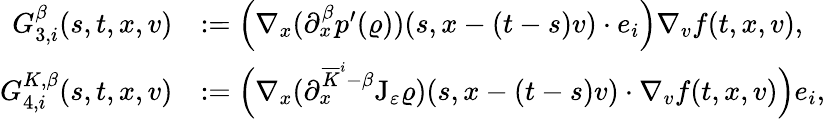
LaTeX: \begin{array}{rl}{G_{3,i}^{\beta}(s,t,x,v)}&{:=\Big(\nabla_{x}(\partial_{x}^{\beta}p^{\prime}(\varrho))(s,x-(t-s)v)\cdot e_{i}\Big)\nabla_{v}f(t,x,v),}\\ {G_{4,i}^{K,\beta}(s,t,x,v)}&{:=\Big(\nabla_{x}(\partial_{x}^{\overline{{K}}^{i}-\beta}\mathrm{J}_{\varepsilon}\varrho)(s,x-(t-s)v)\cdot\nabla_{v}f(t,x,v)\Big)e_{i},}\end{array}